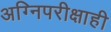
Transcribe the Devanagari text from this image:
अग्निपरीक्षाही